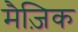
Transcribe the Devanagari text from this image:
मैज़िक